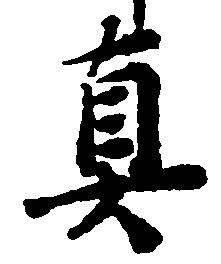
真